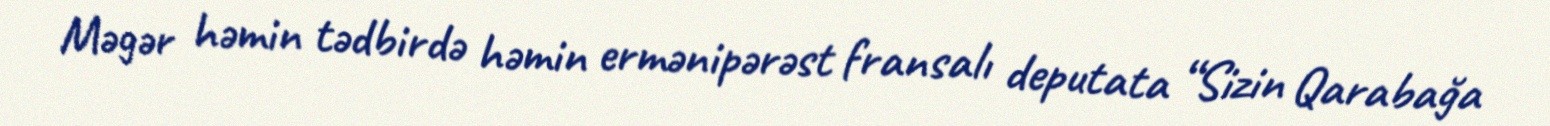
Məgər həmin tədbirdə həmin ermənipərəst fransalı deputata “Sizin Qarabağa